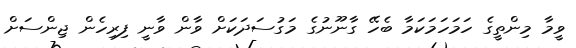
ވީމާ މިންތީގެ ހަމަހަމަކަމާ ބެހޭ ގާނޫނުގެ މަގުސަދަކަށް ވާން ވާނީ ފިރިހެން ޖިންސަށް